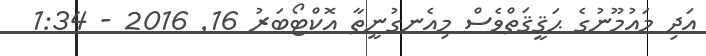
އަދި މައުމޫނުގެ ޙަޤީޤަތްވެސް މިއެނގުނީތާ އޮކްޓޯބަރު 16